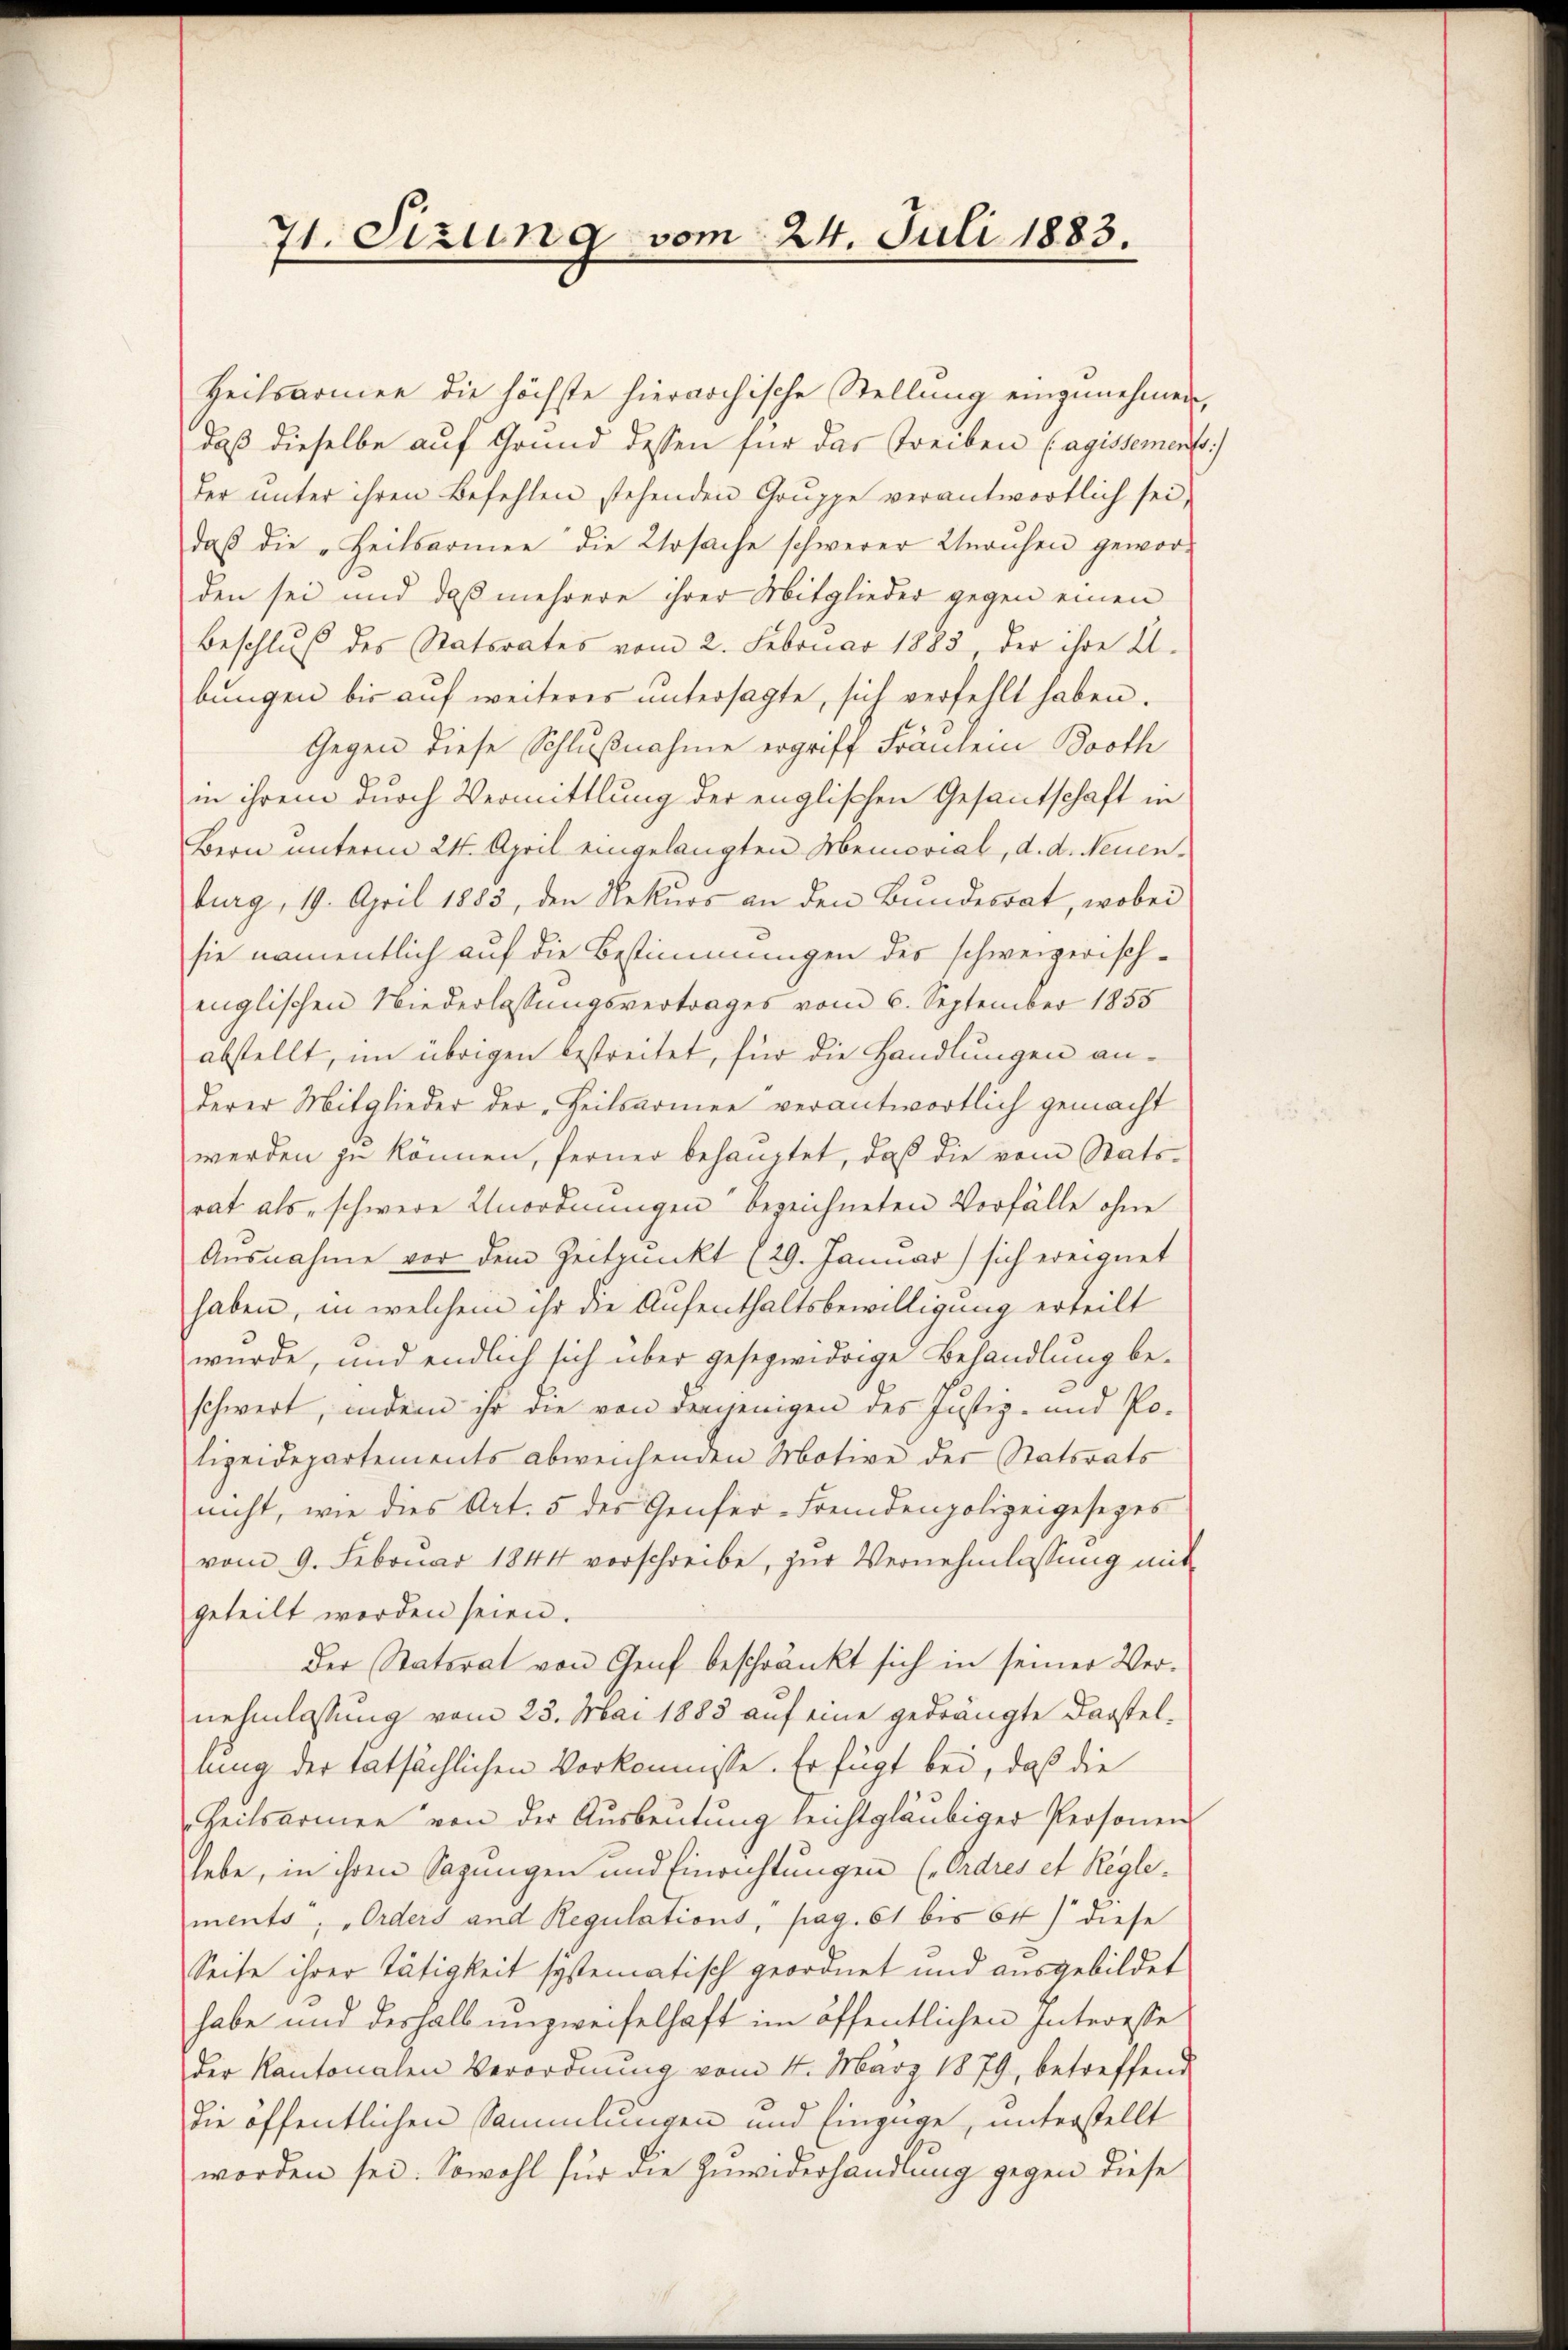
71. Sizung vom 24. Juli 1883.

Heilsarmee die höchste hierarchische Stellung eingenehmen,
daß dieselbe auf Grund dessen für das Treiben (agissements
der unter ihren Befehlen stehenden Gruppe verantwortlich sei,
daß die „Heilsarmee die Ursache schwerer Unruhen gewor-
den sei und daß mehrere ihrer Mitglieder gegen einen
Beschluß des Statorates vom 2. Februar 1883 der ihre A.
bŭngen bis aŭf weiteres ŭntersagte, sich verfehlt haben.
Gegen diese Schlußnahme ergriff Franten Booth
in ihrem durch Vermittlung der englischen Gesantschaft in
Bern unterm 24. April eingelangten Memorial, d. d. Neuenburg, 19. April 1883, den Rekurs an den Bundesrat, wobei
sie namentlich auf die Bestimmungen des schweizerisch-
englischen Niederlassungsvertrages vom 6. September 1855
abstellt, im übrigen bestreitet, für die Handlungen anderer Mitglieder der Heilsarmee verantwortlich gemacht
werden zu können, ferner behauptet, daß die vom Statsrat als „schwere Unordnungen bezeichneten Vorfälle ohne
Ausnahme vor dem Zeitpunkt (29. Januar) sich ereignet
haben, in welchem ihr die Aufenthaltsbewilligung erteilt
wurde, und endlich sich über gesezwidrige Behandlung beschwert, indem ihr die von demjenigen des Justiz- und Po-
lizeidepartements abweichenden Motive der Statsrats
nicht, wie dies Art. 5 des Genfer-Fremdenpolizeigesezes
vom 9. Februar 1844 verschreibe, zur Vernehmlassung mit
geteilt worden seien.
Der Statorat von Genf beschränkt sich in seiner Ver-
nehmlassung vom 23. Mai 1883 auf eine gedrängte Darstellung der tatsächlichen Vorkommisse. Er fügt bei, daß die
Zeitsarmen von der Ausbeutung leichtgläubiger Personen
hebe, in ihren Sagungen und Einrichtungen (Ordres et Reglements, „Orders und Regulations, pag. 61 bis 64) diese
Seite ihrer Tätigkeit systematisch geordnet und ausgebildet
habe und deshalb unzweifelhaft im öffentlichen Interesse
der Kantonalen Verordnung vom 4. März 1879, betreffend
die öffentlichen Sammlungen und Einzüge, unterstellt
worden sei. Sowohl für die Zuwiderhandlung gegen diese